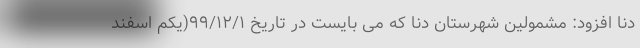
دنا افزود: مشمولین شهرستان دنا که می بایست در تاریخ ۹۹/۱۲/۱(یکم اسفند